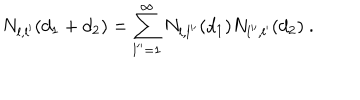
N _ { l , l ^ { \prime } } ( d _ { 1 } + d _ { 2 } ) = \sum _ { l ^ { \prime \prime } = 1 } ^ { \infty } N _ { l , l ^ { \prime \prime } } ( d _ { 1 } ) N _ { l ^ { \prime \prime } , l ^ { \prime } } ( d _ { 2 } ) \ .